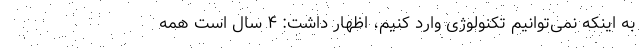
به اینکه نمی‌توانیم تکنولوژی وارد کنیم، اظهار داشت: ۴ سال است همه